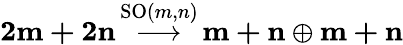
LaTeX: {\mathbf{2m+2n}}\, {\stackrel{\mathrm{SO}(m,n)}{\longrightarrow}}\, {\mathbf{m+n}}\oplus{\mathbf{m+n}}